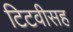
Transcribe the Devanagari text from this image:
टिटवीसह